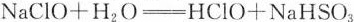
NaClO+H_{2}O\xlongequal [ ] { } HClO+NaHSO_{3}